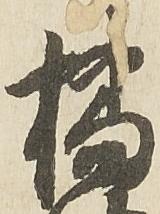
橘